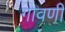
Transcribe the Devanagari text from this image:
गावणी